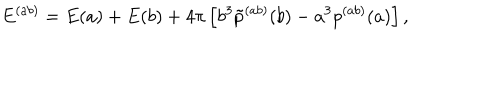
E ^ { ( a b ) } = E ( a ) + E ( b ) + 4 \pi \left[ b ^ { 3 } \tilde { p } ^ { ( a b ) } ( b ) - a ^ { 3 } p ^ { ( a b ) } ( a ) \right] ,